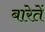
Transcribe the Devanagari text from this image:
बारेतें